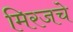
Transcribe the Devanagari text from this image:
मिरजचे